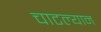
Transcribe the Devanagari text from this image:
चाटल्यान